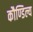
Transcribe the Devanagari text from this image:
कौण्डिल्य